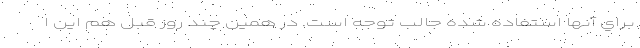
براي آنها استفاده شده جالب توجه است. در همین چند روز قبل هم این ا